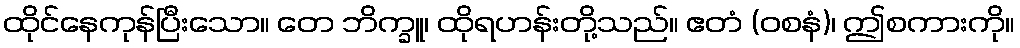
ထိုင်နေကုန်ပြီးသော။ တေ ဘိက္ခူ၊ ထိုရဟန်းတို့သည်။ ဧတံ (ဝစနံ)၊ ဤစကားကို။